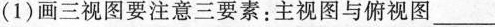
(1)画三视图要注意三要素：主视图与俯视图___；